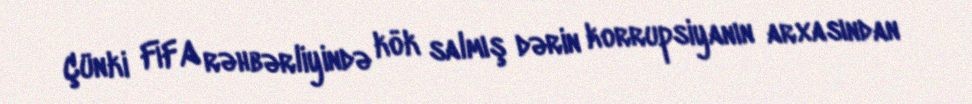
Çünki FİFA rəhbərliyində kök salmış dərin korrupsiyanın arxasından